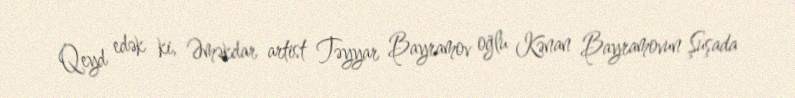
Qeyd edək ki, Əməkdar artist Təyyar Bayramov oğlu Kənan Bayramovun Şuşada